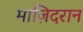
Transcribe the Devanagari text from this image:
माज़िदरान